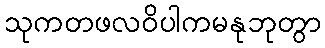
သုကတဖလဝိပါကမနုဘုတွာ